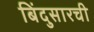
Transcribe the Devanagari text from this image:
बिंदुसारची